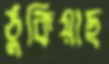
ঠুকিয়াছ